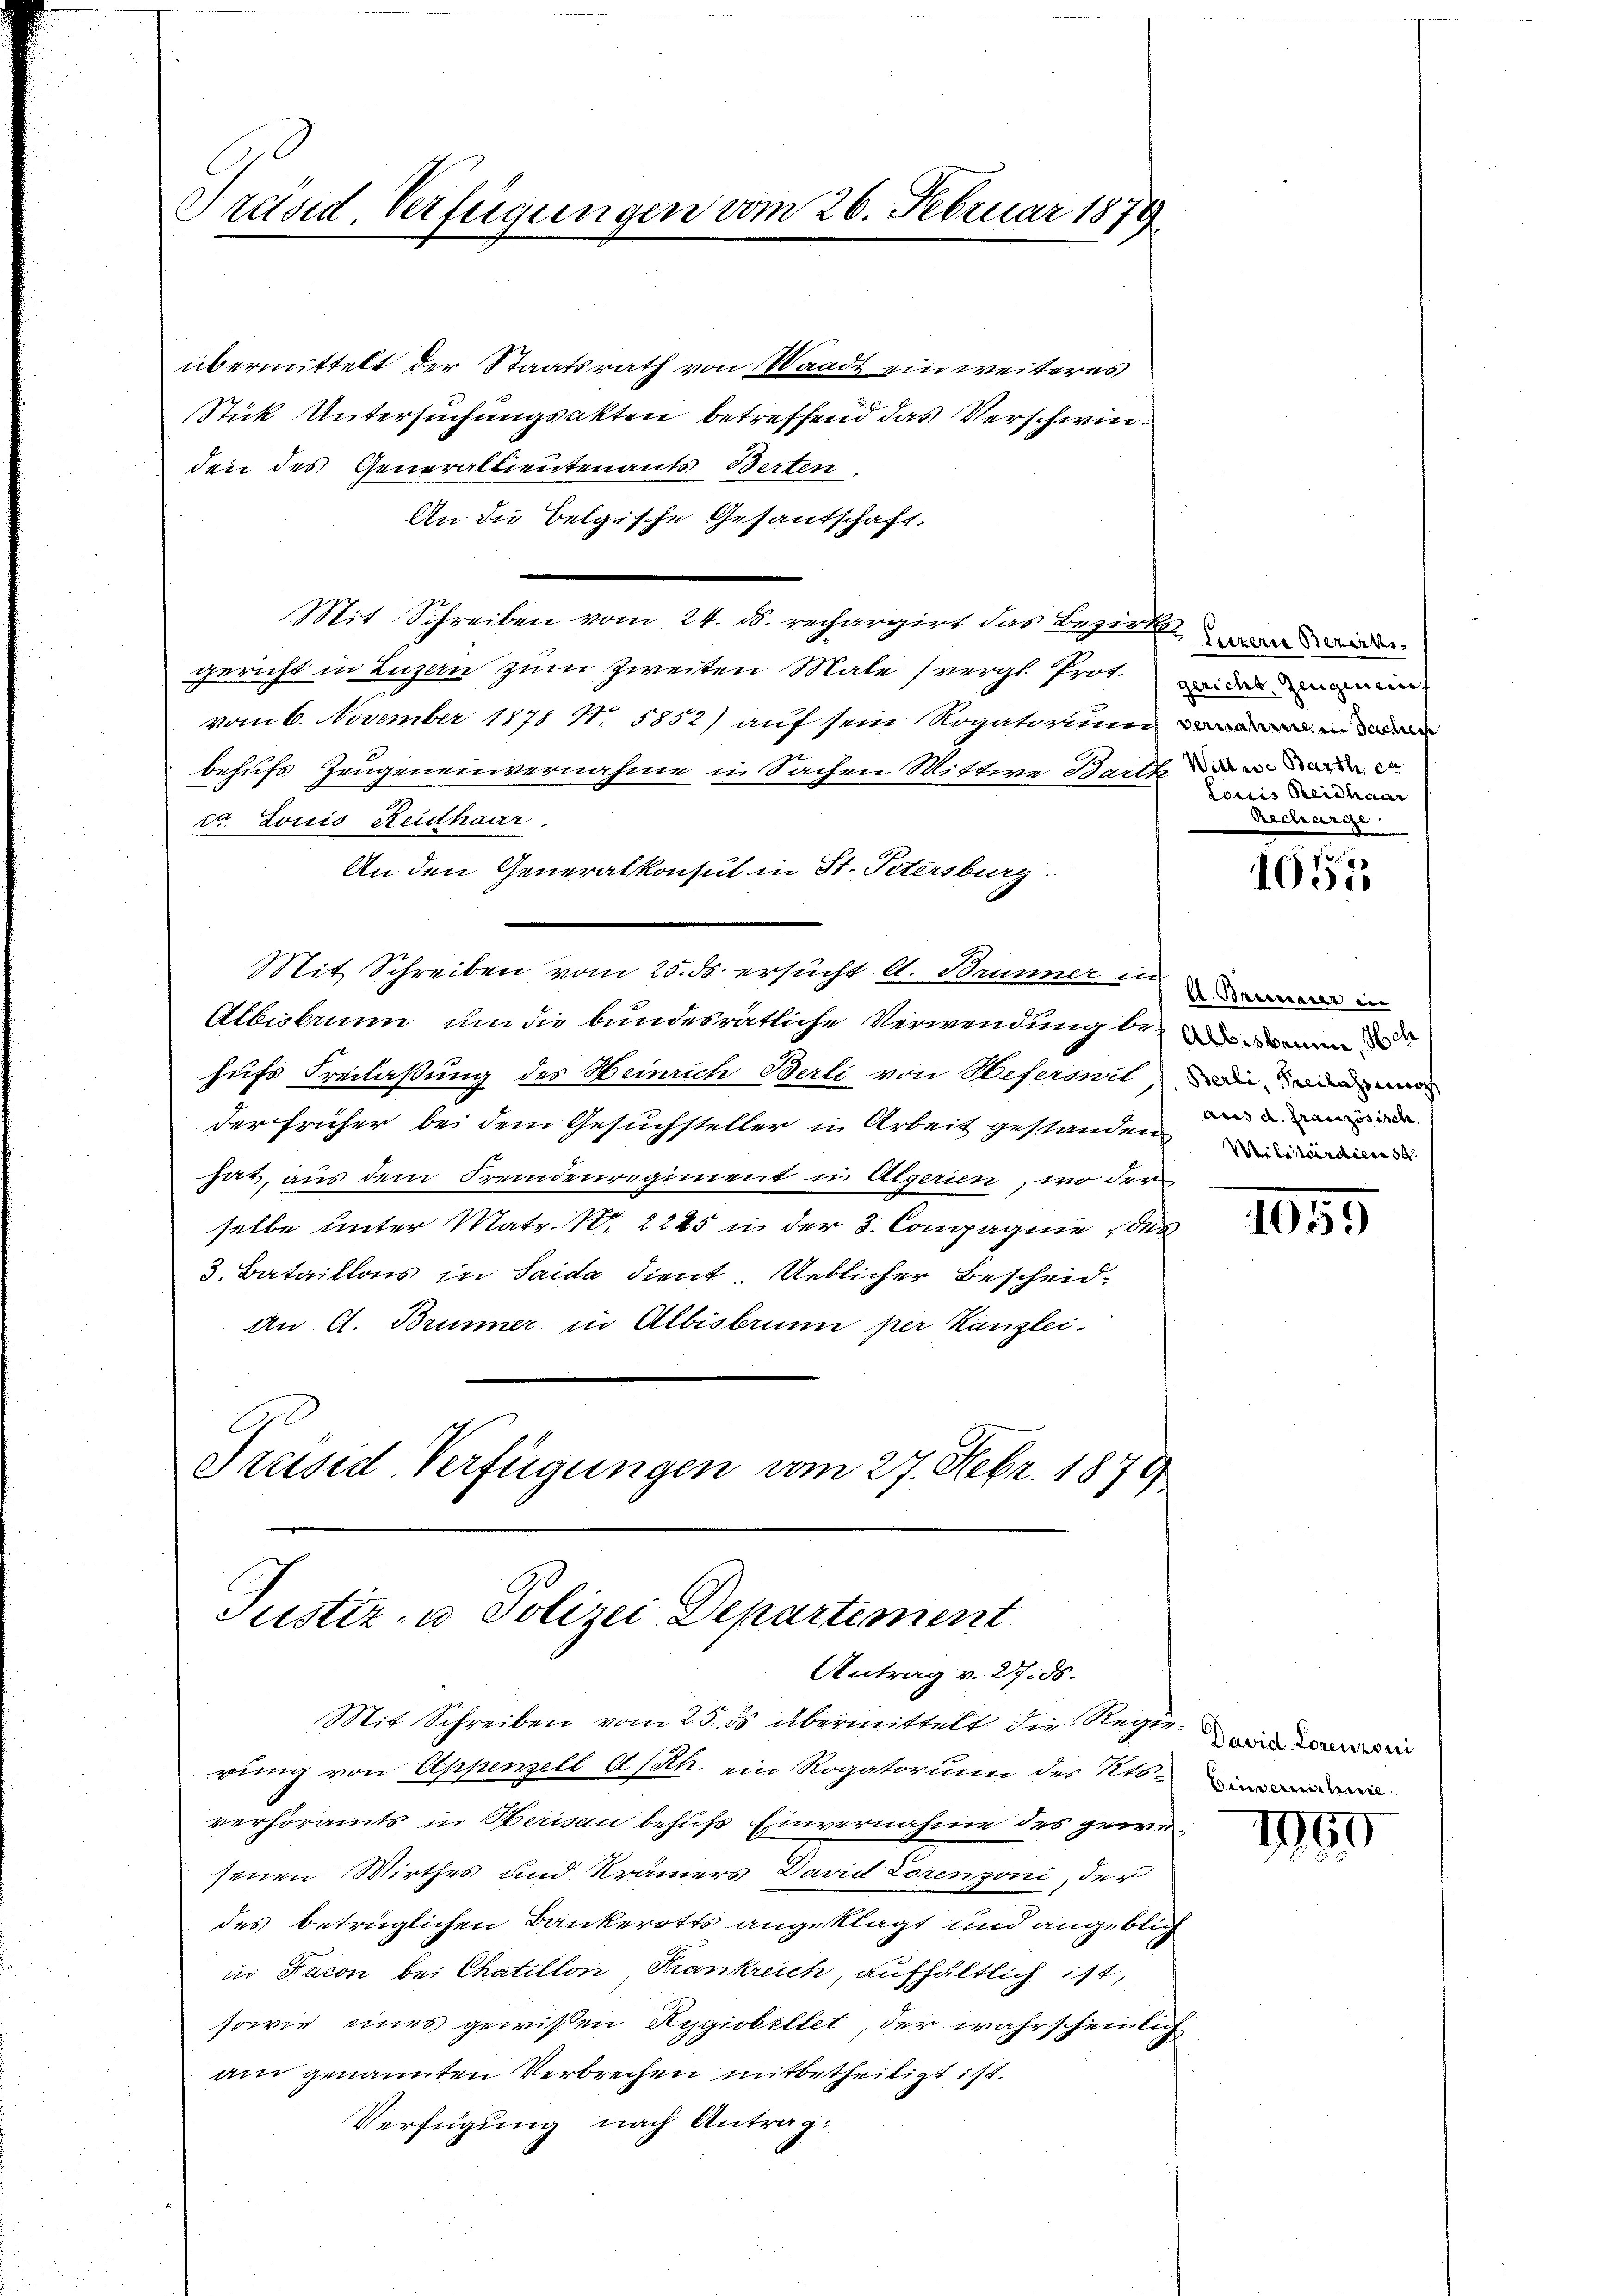
Präsid. Verfügungen vom 26. Februar 1879

übermittelt der Staatsrath von Waadt ein weiteres
Stick Untersuchungsakten betreffend das Verschwinden des Generallieutenants Berten.
An die belgische Gesandschaft.
Mit Schreiben vom 24. d. rechargirt das Bezirk de
gericht in Luzern zum Zweiten Male vergl. Prot.
vom 6. November 1878 N. 5852) auf sein Rogatorium in
behufs Zeugeneinvernahme in Sachen Wittwe Bartz
ct. Louis Reithaar.
An den Generalkonsul in St. Petersburg.
Mit Schreiben vom 25. ds. ersucht A. Brunner in in
Albisbrunn um die bundesrätliche Verwendung den
hufs Freilassung des Heinrich Berli von Heferonit, den wir wa
der früher bei dem Gesuchsteller in Arbeit gestanden
hat, aus dem Fremdenregiment in Algerien, wo der
selbe unter Matr. S. 2245 in der 3. Compagnie des
3. Bataillons in Saida dient. Ueblicher Bescheid-
An A. Brunner in Albisbrunn per Kanzlei.
Preisid Verfügungen vom 27. Febr. 1879

Justiz- u Polizei Departement
Antrag v. 27. ds.

Mit Schreiben vom 25. ds übermittelt die Regierung von Appenzell A/Rth. ein Rogatorium des Kts.
verhöramts in Herisau behufs Einvernahme des gewesenen Wirther und Krämers David Lorenzoni, der
des betrüglichen Bankerotts angeklagt und angeblich
in Facon bei Chatillon Krankreich, aufhältlich ist,
sowie eines gewißen Rygiobellet, der wahrscheinlich
am genannten Verbrechen mitbetheiligt ist.
Verfügung nach Antrag:

gericht, Zeugenenf
Wittwe Barth er
Loris Beidhaar
Becherge

7
1051

aus d. Französisch

1135

1965